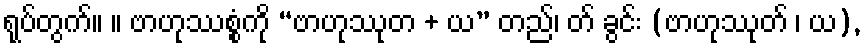
ရုပ်တွက်။ ။ ဗာဟုဿစ္စံကို “ဗာဟုဿုတ + ယ” တည်၊ တ် ခွင်း (ဗာဟုဿုတ် ၊ ယ),